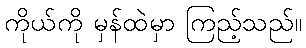
ကိုယ်ကို မှန်ထဲမှာ ကြည့်သည်။